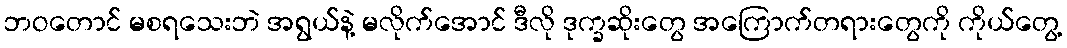
ဘဝတောင် မစရသေးဘဲ အရွယ်နဲ့ မလိုက်အောင် ဒီလို ဒုက္ခဆိုးတွေ အကြောက်တရားတွေကို ကိုယ်တွေ့